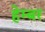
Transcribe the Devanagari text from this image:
हेम्बर